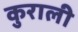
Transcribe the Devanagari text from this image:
कुराली